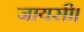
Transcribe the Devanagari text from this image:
जायसी।